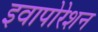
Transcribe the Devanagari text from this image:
इवापोरेशन